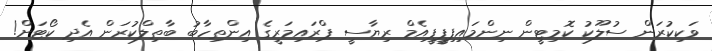
ވަކިކުރަން ސުލޫކު ކޮމިޓީން ނިންމައިފިޕީޕީއެމް ރިޔާސީ ޕްރައިމަރީގެ އިންތިހާބު ބާތިލްކުރަން އެދި ކޯޓަށް!